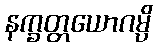
နက္ခတ္တယောဂမ္ပိ